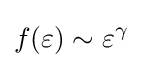
f(\varepsilon )\sim \varepsilon ^{\gamma }